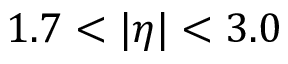
1 . 7 < | \eta | < 3 . 0